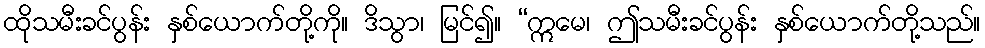
ထိုသမီးခင်ပွန်း နှစ်ယောက်တို့ကို။ ဒိသွာ၊ မြင်၍။ “ဣမေ၊ ဤသမီးခင်ပွန်း နှစ်ယောက်တို့သည်။